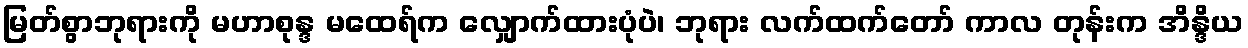
မြတ်စွာဘုရားကို မဟာစုန္ဒ မထေရ်က လျှောက်ထားပုံပဲ၊ ဘုရား လက်ထက်တော် ကာလ တုန်းက အိန္ဒိယ